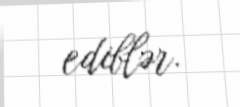
ediblər.